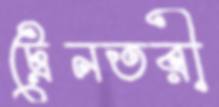
ট্রেনতরী